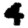
Digit: 4